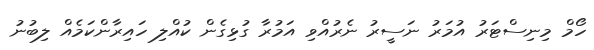
ހޯމް މިނިސްޓަރު އުމަރު ނަސީރު ނެރުއްވި އަމުރާ ގުޅިގެން ކުއްލި ހައިރާންކަމެއް ލިބުނު